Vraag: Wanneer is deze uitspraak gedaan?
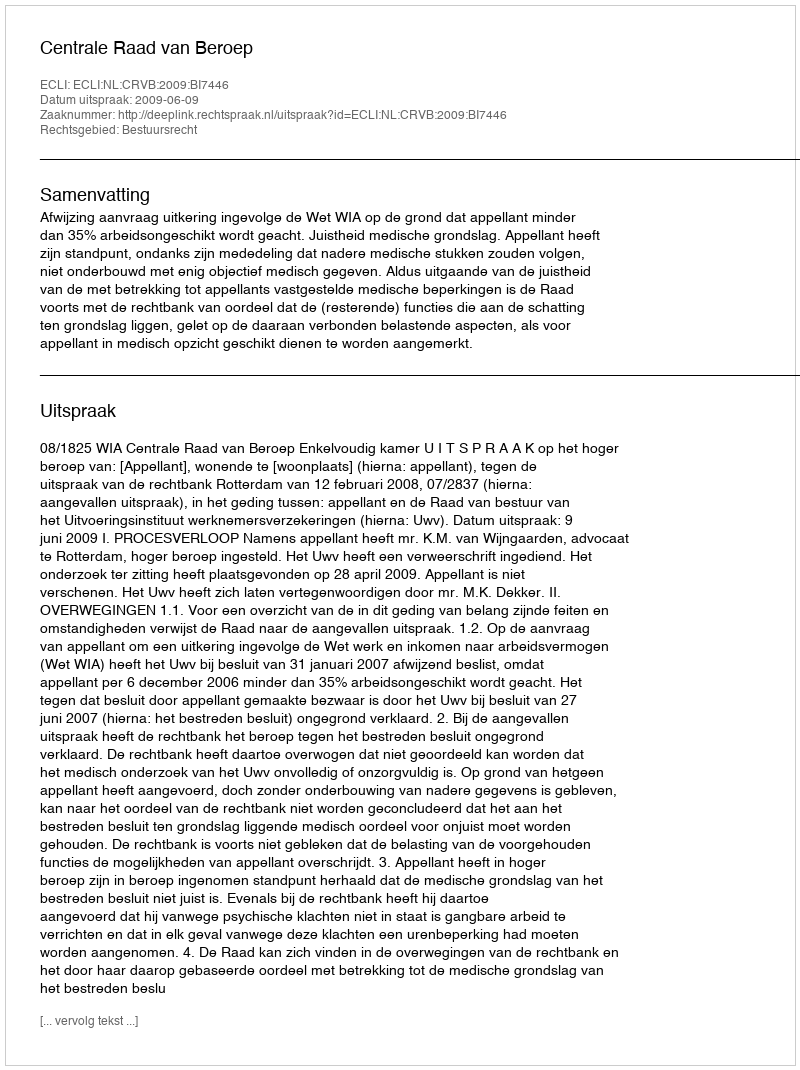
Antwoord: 2009-06-09